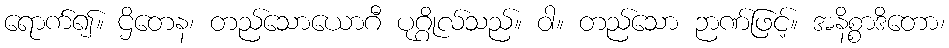
ရောက်၍။ ဌိတေန၊ တည်သောယောဂီ ပုဂ္ဂိုလ်သည်။ ဝါ။ တည်သော ဉာဏ်ဖြင့်။ အနိစ္စာဒိတော၊